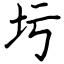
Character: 圬